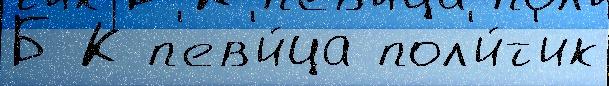
Б К п'ев'и́ца пол'и́т'ик